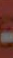
-